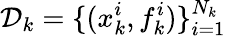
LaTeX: \mathcal{D}_{k}=\{ (x_{k}^{i},f_{k}^{i})\} _{i=1}^{N_{k}}